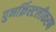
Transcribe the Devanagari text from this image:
पुनर्क्रिस्टलीकरण